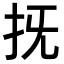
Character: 𢪑